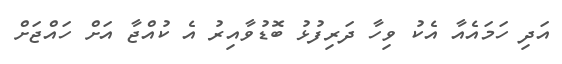
އަދި ހަމައެއާ އެކު ވިހާ ދަރިފުޅު ބޮޑުވާއިރު އެ ކުއްޖާ އަށް ހައްޖަށް